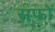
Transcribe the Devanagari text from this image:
सफों